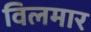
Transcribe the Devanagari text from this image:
विलमार